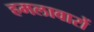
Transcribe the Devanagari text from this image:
हमलावारों